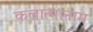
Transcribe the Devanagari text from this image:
कलात्मानाम